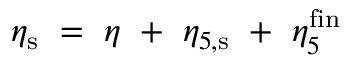
\eta _ { \mathrm { \footnotesize { s } } } ~ = ~ \eta ~ + ~ \eta _ { 5 , \mathrm { \footnotesize { s } } } { } ~ + ~ \eta _ { 5 } ^ { \mathrm { \footnotesize { f i n } } }